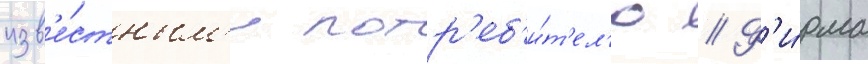
изв'е́стным'и потр'еб'и́т'ел'ю // Ф'и́рма